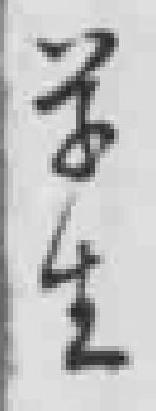
学生